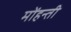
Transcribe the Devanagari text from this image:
मोंहन्ती